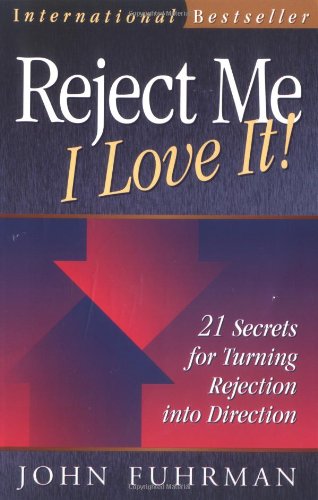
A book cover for Reject Me I Love It!: 21 Secrets for Turning Rejection Into Direction (Personal Development Series); John Fuhrman; Business & Money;